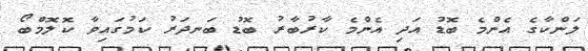
ލަންކާގެ އެންމެ ބޮޑު އަދި އެންމެ ކާރުބާރު ބޮޑު ބަނދަރު ކަމުގައިވާ ކޮލޮމްބޯ